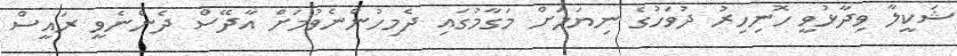
ޝަކީލާ ވިދާޅުވީ ހޮނިހިރު ދުވަހުގެ ނިޔަލަށް މަގާމުގައި ދެމިހުންނެވުމަށް އާދޭސް ދެންނެވީ ރައީސް